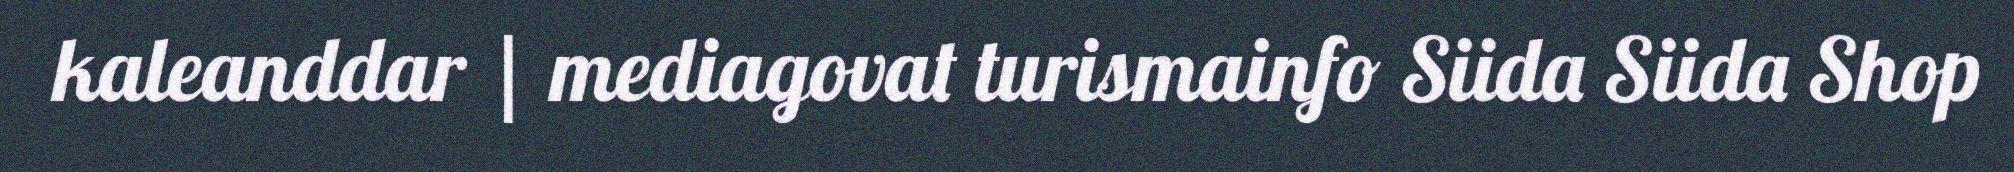
kaleanddar | mediagovat turismainfo Siida Siida Shop